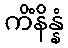
ကိံနိန္နံ